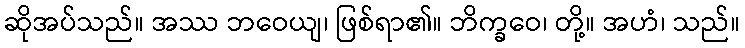
ဆိုအပ်သည်။ အဿ ဘဝေယျ၊ ဖြစ်ရာ၏။ ဘိက္ခဝေ၊ တို့။ အဟံ၊ သည်။